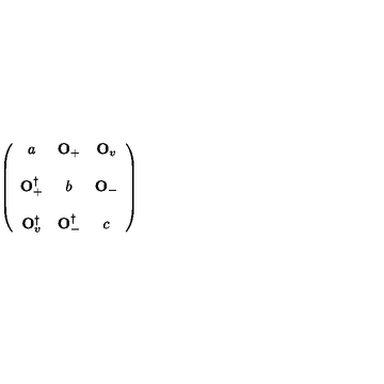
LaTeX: \left( \begin{array} { c c c } { a } & { { \bf O } _ { + } } & { { \bf O } _ { v } } \\ { } & { } & { } \\ { { \bf O } _ { + } ^ { \dagger } } & { b } & { { \bf O } _ { - } } \\ { } & { } & { } \\ { { \bf O } _ { v } ^ { \dagger } } & { { \bf O } _ { - } ^ { \dagger } } & { c } \\ \end{array} \right)